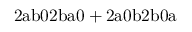
\mathrm { 2 a b 0 2 b a 0 + 2 a 0 b 2 b 0 a }